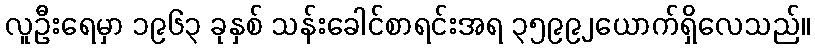
လူဦးရေမှာ ၁၉၆၃ ခုနှစ် သန်းခေါင်စာရင်းအရ ၃၅၉၉၂ယောက်ရှိလေသည်။